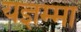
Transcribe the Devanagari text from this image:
यज्ञम्मा